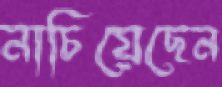
নাচিয়েছেন